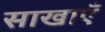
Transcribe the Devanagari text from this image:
साखाएँ